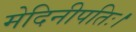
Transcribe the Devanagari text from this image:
मेदिनीपतिः।